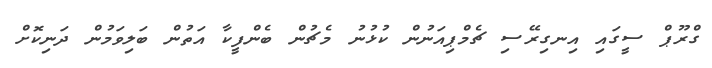
ގްރޫޕް ސީގައި އިނގިރޭސި ޗެމްޕިއަނުން ކުޅުނު މެޗުން ބެންފީކާ އަތުން ބަލިވަމުން ދަނިކޮށް